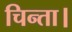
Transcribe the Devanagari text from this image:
चिन्ता।